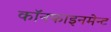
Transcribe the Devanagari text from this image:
कॉनफाइनमेन्ट